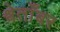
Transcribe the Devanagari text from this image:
श्वेताँबर